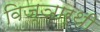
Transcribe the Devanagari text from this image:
विज्ञार्थी